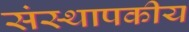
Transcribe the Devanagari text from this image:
संस्थापकीय